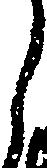
ら